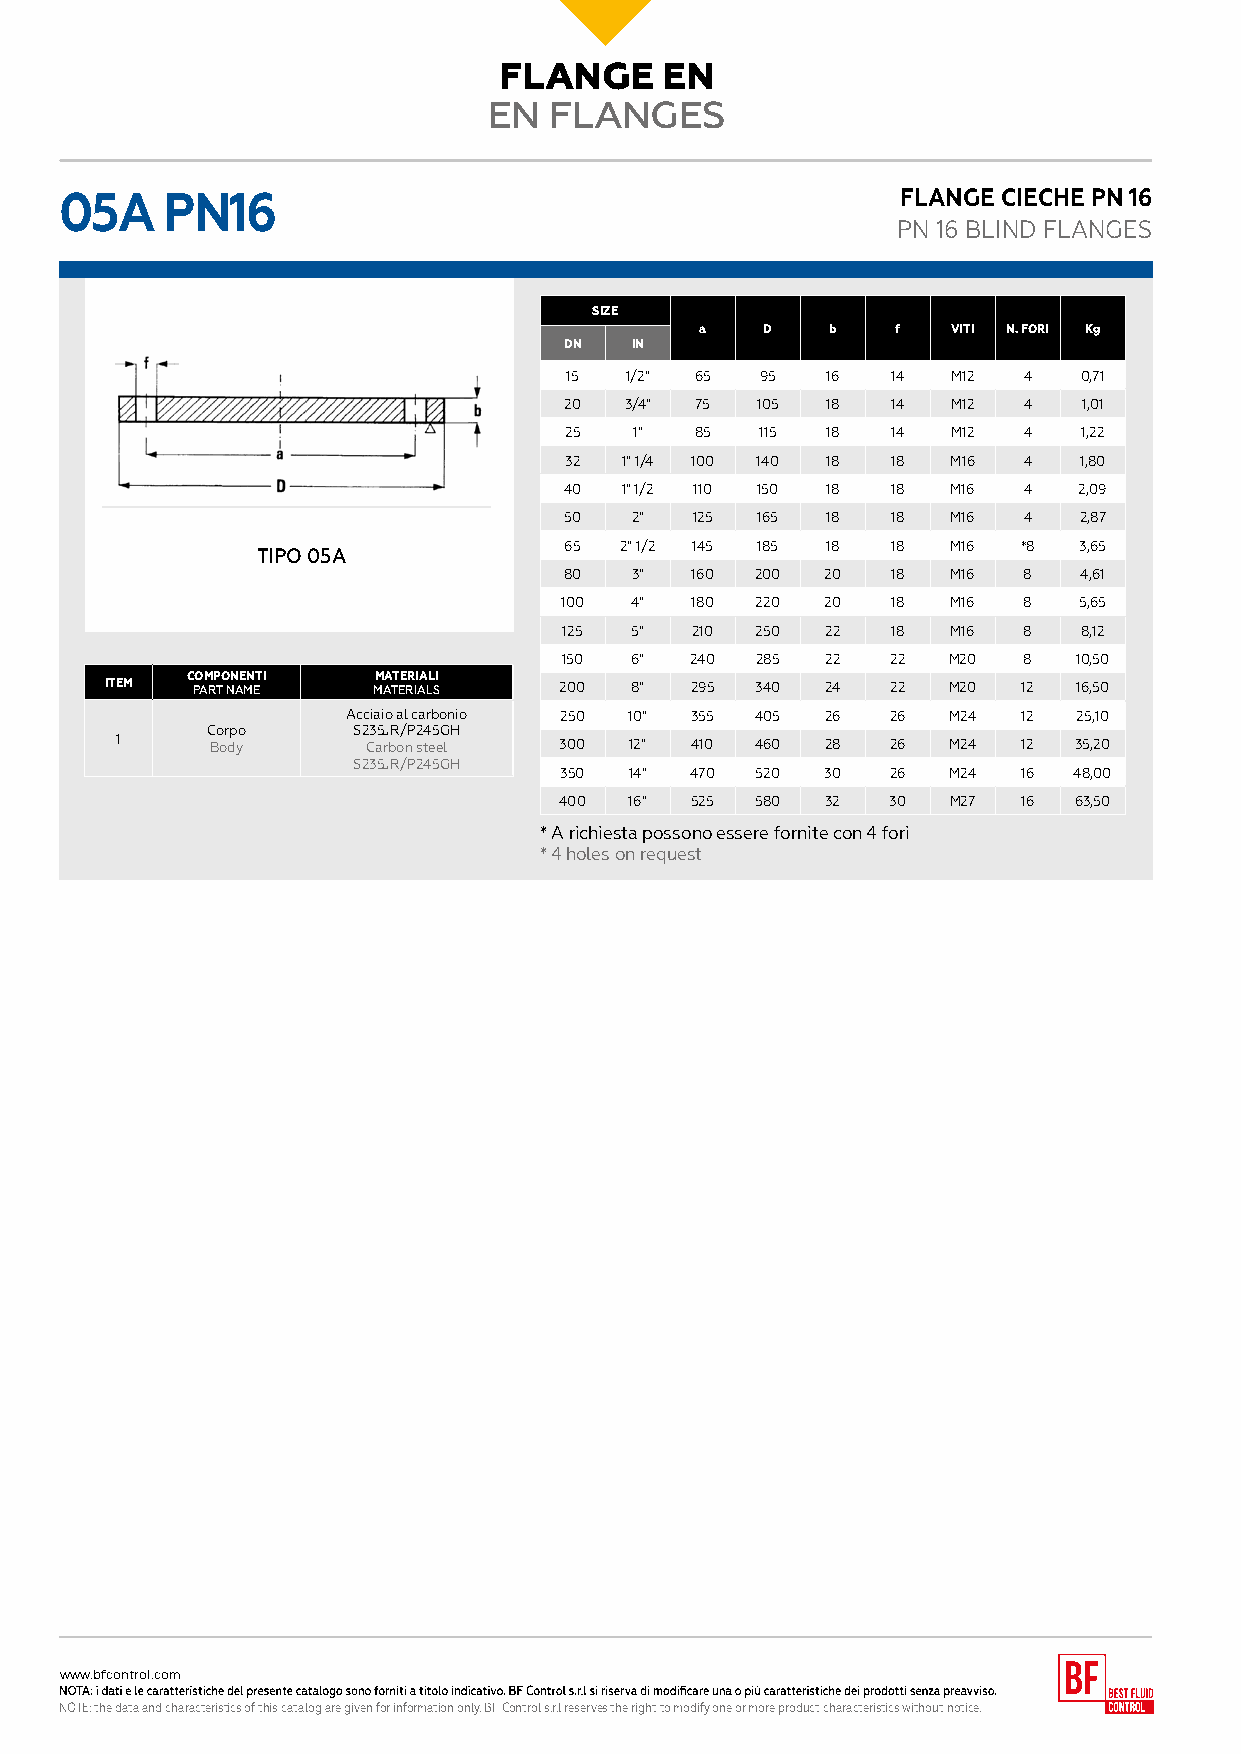
FLANGE     EN
 EN  FLANGES
 05A    PN16                                             FLANGE CIECHE PN 16
 PN 16 BLIND FLANGES
 SIZE
 a    D   b   f   VITI N. FORI Kg
 DN   IN
 15  1/2" 65  95   16  14  M12  4  0,71
 20  3/4" 75  105  18  14  M12  4   1,01
 25   1"  85  115  18  14  M12  4   1,22
 32  1" 1/4 100 140 18 18  M16  4  1,80
 40  1" 1/2 110 150 18 18  M16  4  2,09
 50   2"  125 165  18  18  M16  4  2,87
 65  2" 1/2 145 185 18 18  M16  *8 3,65
 TIPO 05A
 80   3"  160 200  20  18  M16  8  4,61
 100  4"  180 220  20  18  M16  8  5,65
 125  5"  210 250  22  18  M16  8  8,12
 150  6"  240 285  22  22  M20  8  10,50
 COMPONENTI   MATERIALI
 ITEM  PART NAME   MATERIALS   200  8"  295 340  24  22  M20  12 16,50
 Acciaio al carbonio 250 10" 355 405 26 26 M24 12 25,10
 Corpo    S235JR/P245GH
 1     Body      Carbon steel 300  12" 410 460  28  26  M24  12 35,20
 S235JR/P245GH
 350  14" 470 520  30  26  M24  16 48,00
 400  16" 525 580  32  30  M27  16 63,50
 * A richiesta possono essere fornite con 4 fori
 * 4 holes on request
 www.bfcontrol.com
 NOTE: the data and characteristics of this catalog are given for information only. BF Control s.r.l reserves the right to modify one or more product characteristics without notice.